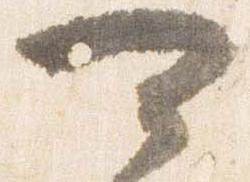
可